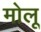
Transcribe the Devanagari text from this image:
मोलू